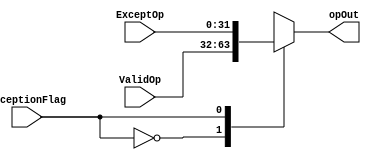
module muxExcept(
input [31:0] ValidOp,
input [31:0] ExceptOp,
input exceptionFlag,
output reg[31:0] opOut
);

always @(*)
case (exceptionFlag)
	1'b0: opOut = ValidOp;
	1'b1: opOut = ExceptOp;
endcase
endmodule